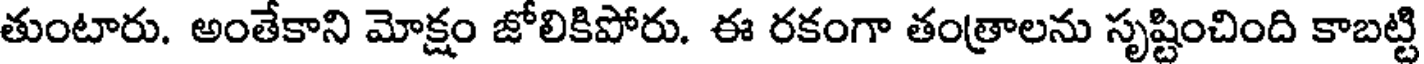
తుంటారు. అంతేకాని మోక్షం జోలికిపోరు. ఈ రకంగా తంత్రాలను సృష్టించింది కాబట్టి